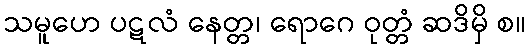
သမူဟေ ပဋလံ နေတ္တ၊ ရောဂေ ဝုတ္တံ ဆဒိမှိ စ။